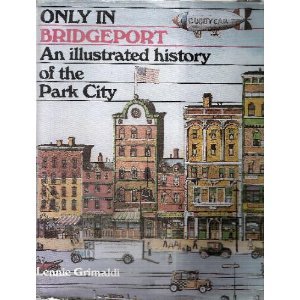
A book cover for Only in Bridgeport: An Illustrated History of the Park City; Lennie Grimaldi; Travel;